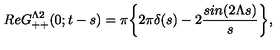
R e G _ { + + } ^ { \Lambda 2 } ( 0 ; t - s ) = \pi \bigg \{ 2 \pi \delta ( s ) - 2 { \frac { s i n ( 2 \Lambda s ) } { s } } \bigg \} ,